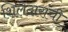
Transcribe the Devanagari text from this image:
शिलेदारांची